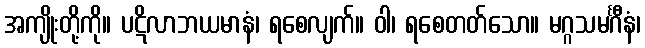
အကျိုးတို့ကို။ ပဋိလာဘယမာနံ၊ ရစေလျက်။ ဝါ၊ ရစေတတ်သော။ မဂ္ဂသမင်္ဂီနံ၊